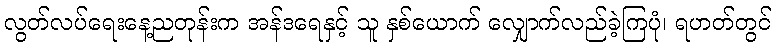
လွတ်လပ်ရေးနေ့ညတုန်းက အန်ဒရေနှင့် သူ နှစ်ယောက် လျှောက်လည်ခဲ့ကြပုံ၊ ရဟတ်တွင်